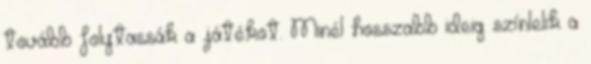
tovább folytassák a játékot. Minél hosszabb ideig színlelik a